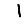
Digit: 1